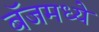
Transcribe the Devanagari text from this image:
बॅजमध्ये